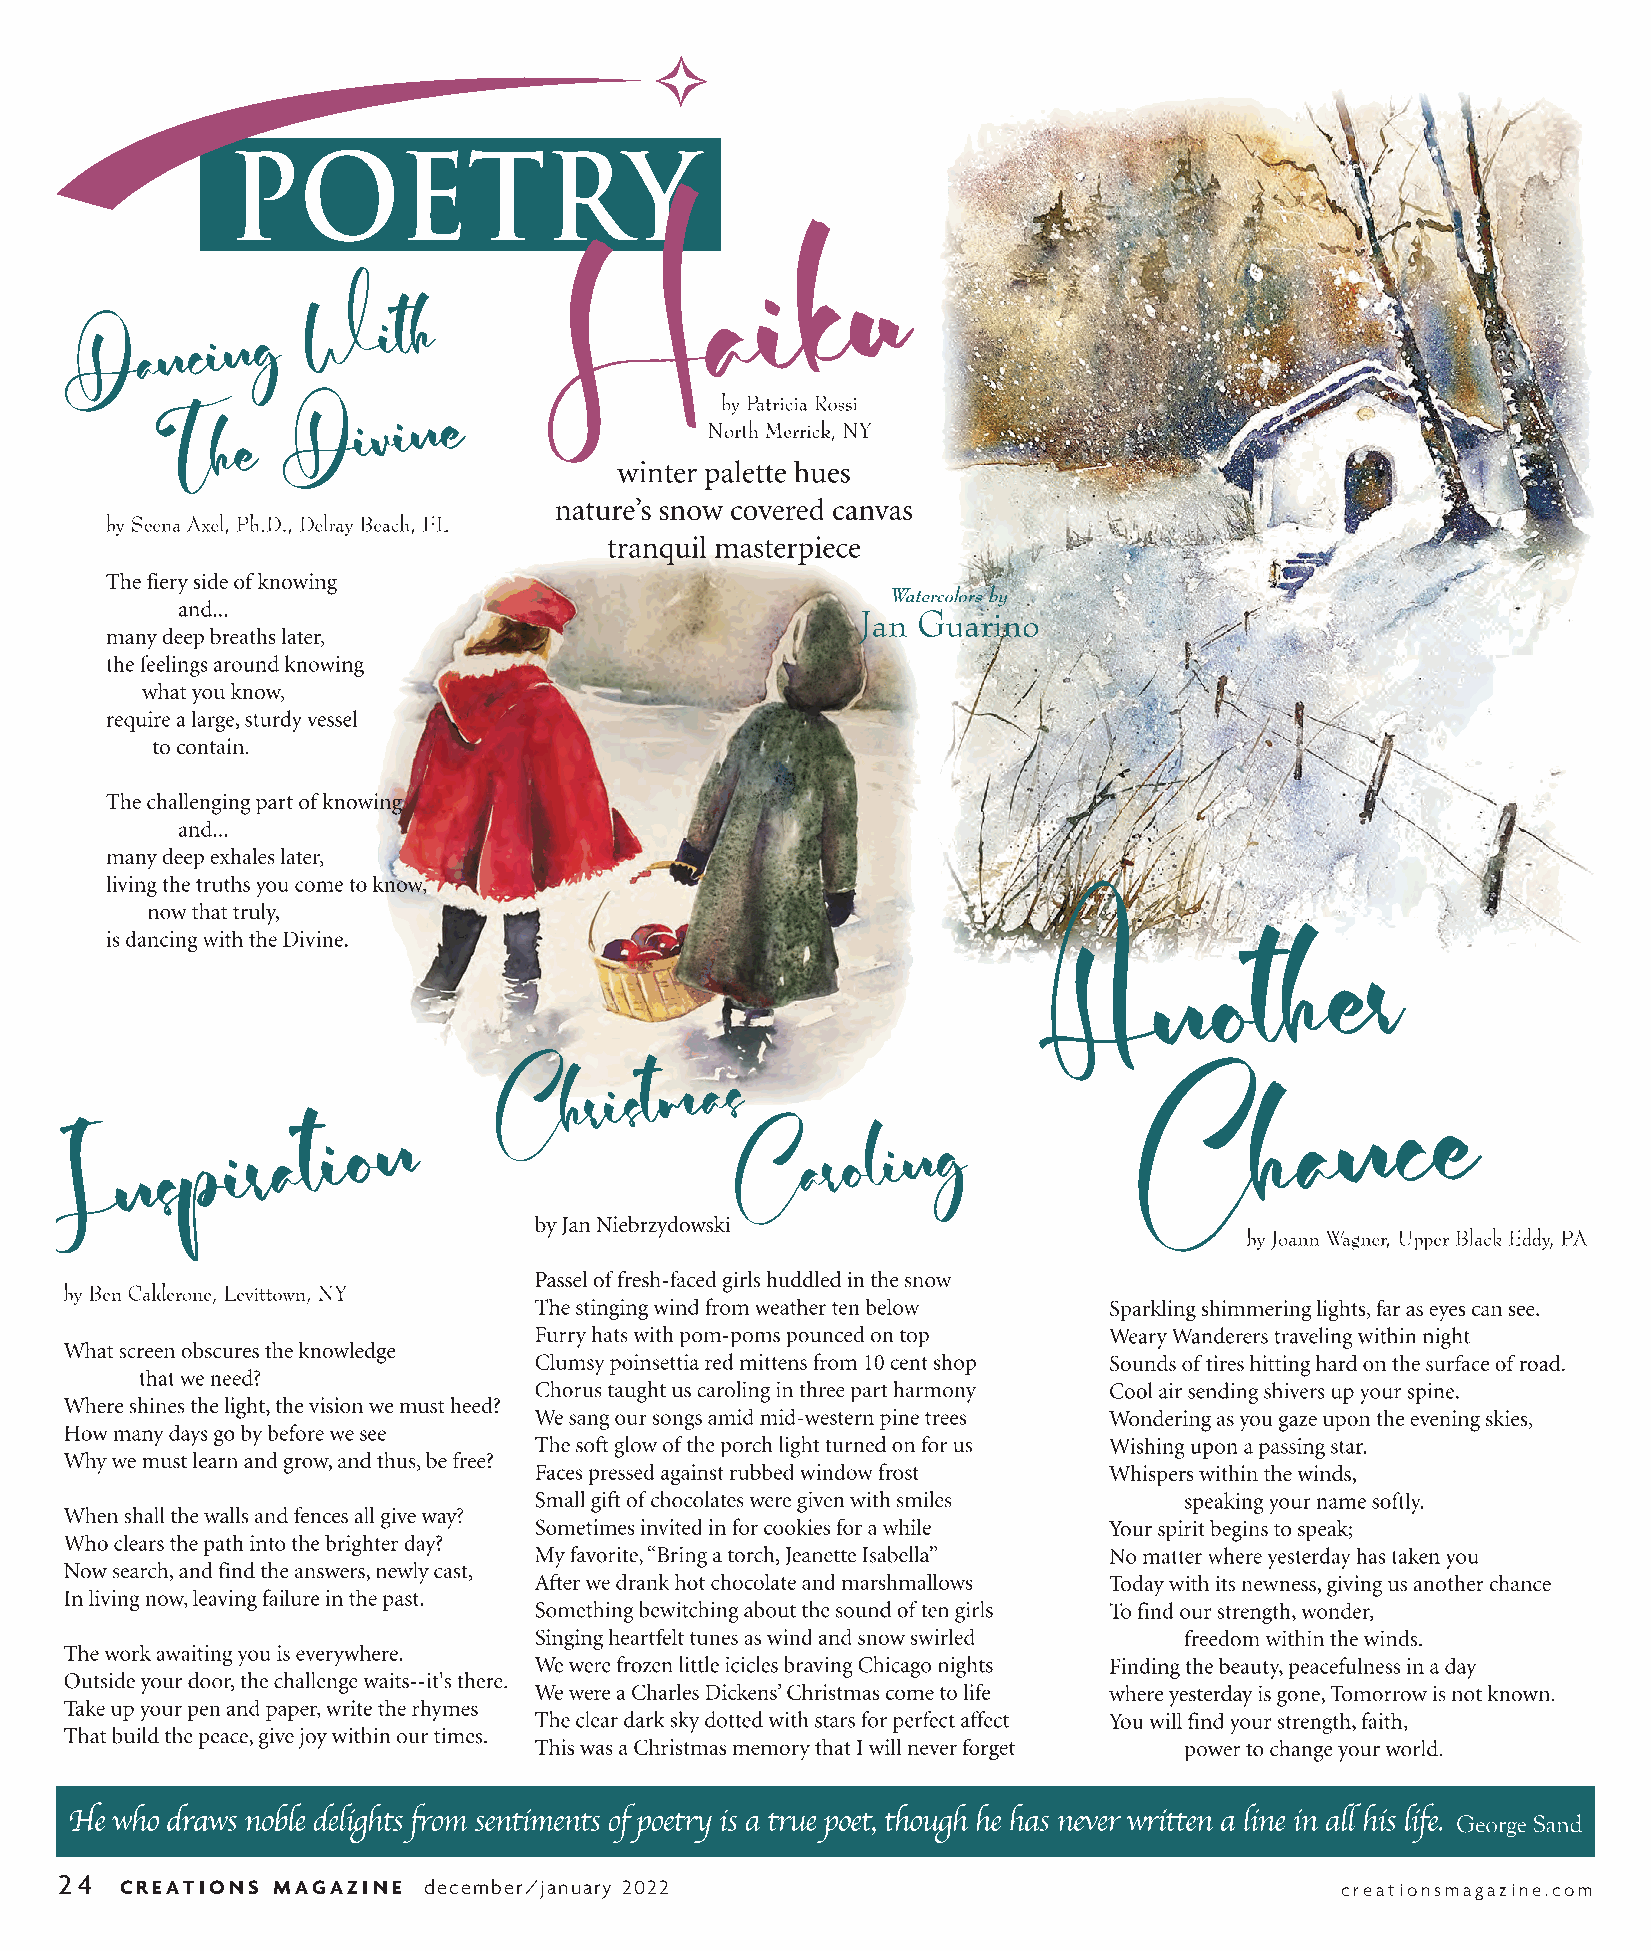
Poetry Dec-Jan 22 ol.qxp_Layout 1 10/27/21 3:35 PM Page 1
 24
 CREATIONS MAGAZINE  december/january 2022                                        creationsmagazine.com